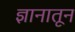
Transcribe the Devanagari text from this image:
ज्ञानातून